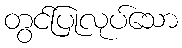
တွင်ပြုလုပ်သော